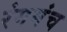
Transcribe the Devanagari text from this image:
रंगमंंच